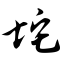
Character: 坨